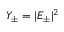
Y _ { \pm } = | E _ { \pm } | ^ { 2 }